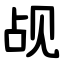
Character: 觇